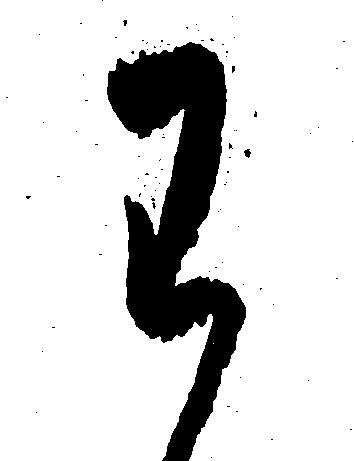
わ